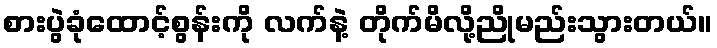
စားပွဲခုံထောင့်စွန်းကို လက်နဲ့ တိုက်မိလို့ညိုမည်းသွားတယ်။